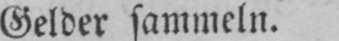
Gelder sammeln.